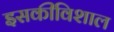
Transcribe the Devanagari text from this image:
इसकीविशाल